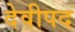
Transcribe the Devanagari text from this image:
देवीपद